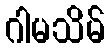
ဂါမသိမ်